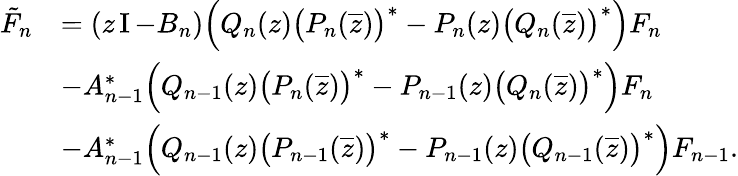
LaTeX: \begin{array}{rl}{\tilde{F}_{n}}&{=(z\operatorname{I}-B_{n})\Big(Q_{n}(z)\big(P_{n}(\overline{{z}})\big)^{*}-P_{n}(z)\big(Q_{n}(\overline{{z}})\big)^{*}\Big)F_{n}}\\ &{-A_{n-1}^{*}\Big(Q_{n-1}(z)\big(P_{n}(\overline{{z}})\big)^{*}-P_{n-1}(z)\big(Q_{n}(\overline{{z}})\big)^{*}\Big)F_{n}}\\ &{-A_{n-1}^{*}\Big(Q_{n-1}(z)\big(P_{n-1}(\overline{{z}})\big)^{*}-P_{n-1}(z)\big(Q_{n-1}(\overline{{z}})\big)^{*}\Big)F_{n-1}.}\end{array}